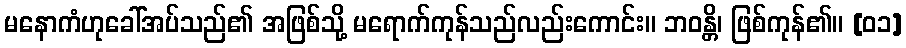
မနောကံဟုခေါ်အပ်သည်၏ အဖြစ်သို့ မရောက်ကုန်သည်လည်းကောင်း။ ဘဝန္တိ၊ ဖြစ်ကုန်၏။ [၀၁]